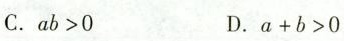
C.$$a b > 0$$ D.$$a + b > 0$$